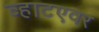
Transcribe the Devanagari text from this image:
व्हाटएवर